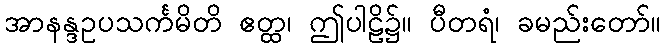
အာနန္ဒဥပသင်္ကမိတိ ဧတ္ထ၊ ဤပါဠိ၌။ ပီတရံ၊ ခမည်းတော်။